system: You are a helpful assistant.
user:
Analyze the provided spectrum to determine if it is a **S-type Star**.

- **Key Indicators for S-type Star:**

    - **(Overall Spectrum Shape):** The first and most obvious characteristic is the overall continuum (the "baseline" shape). It is **extremely "red-sloping,"** meaning the flux (light intensity) is very low on the left side (blue, ~4000-4500 Å) and rises steeply and continuously toward the right side (red, ~7000 Å+).

    - **(Primary):** The spectrum is defined by the presence of strong, broad molecular absorption "valleys" (bands) from **Zirconium Oxide (ZrO)**. The identification of these bands is the **primary requirement** for classifying a star as S-type.
        - **(Key Bandheads):** You must find distinct, deep "dips" where the light has been absorbed. The most critical band systems to locate are:
            - **~6474 Å** ($\gamma$-system): This is often the strongest and clearest ZrO feature, found in the red part of the spectrum.
            - **~5718 Å** & **~5551 Å** ($\beta$-system): A pair of prominent absorption features in the yellow-orange part of the spectrum.
            - **~4640 Å** ($\alpha$-system): A key absorption band system in the blue-green region of the spectrum.

    - **(Secondary Confirmation):** The classification is strengthened by finding additional absorption bands from other related heavy element oxides, which are expected to be present alongside ZrO.
        - **(Key Bandheads):**
            - **Yttrium Oxide (YO):** Look for absorption dips near **~4800 Å** and **~6100 Å**.
            - **Lanthanum Oxide (LaO):** Additional absorption features, particularly in the red-orange part of the spectrum, are also characteristic.

    - **(Line Profile):** The combination of the steep red continuum and these numerous, deep molecular bands (ZrO, YO, etc.) gives the entire spectrum a very **"chopped-up"** or **"bumpy"** appearance. Instead of a smooth curve, the spectrum looks as though large, wide chunks of light have been "carved out" of it at the specific wavelengths listed above.

Think first, call **spectral_visualization_tool** if needed to examine features in detail, then provide your final answer. Your response must adhere to the following strict rules:
1.  **Overall Structure:** Your response must follow the format `<think>...</think> <tool_call>...</tool_call> (if a tool is used) <answer>...</answer>`.
2.  **Tool Usage Constraint:** You may only make **one** tool call per turn.
3.  **Final Answer Format:** In the `<answer>` tag, your conclusion must be inside a `\boxed{}` command (e.g., `\boxed{YES}` or `\boxed{NO}`), followed by your justification.

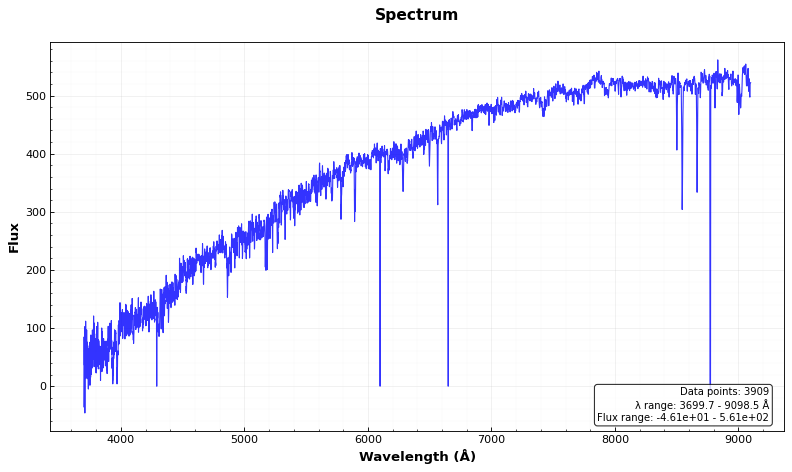
Answer: NO